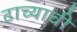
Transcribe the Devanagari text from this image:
ढाच्याची